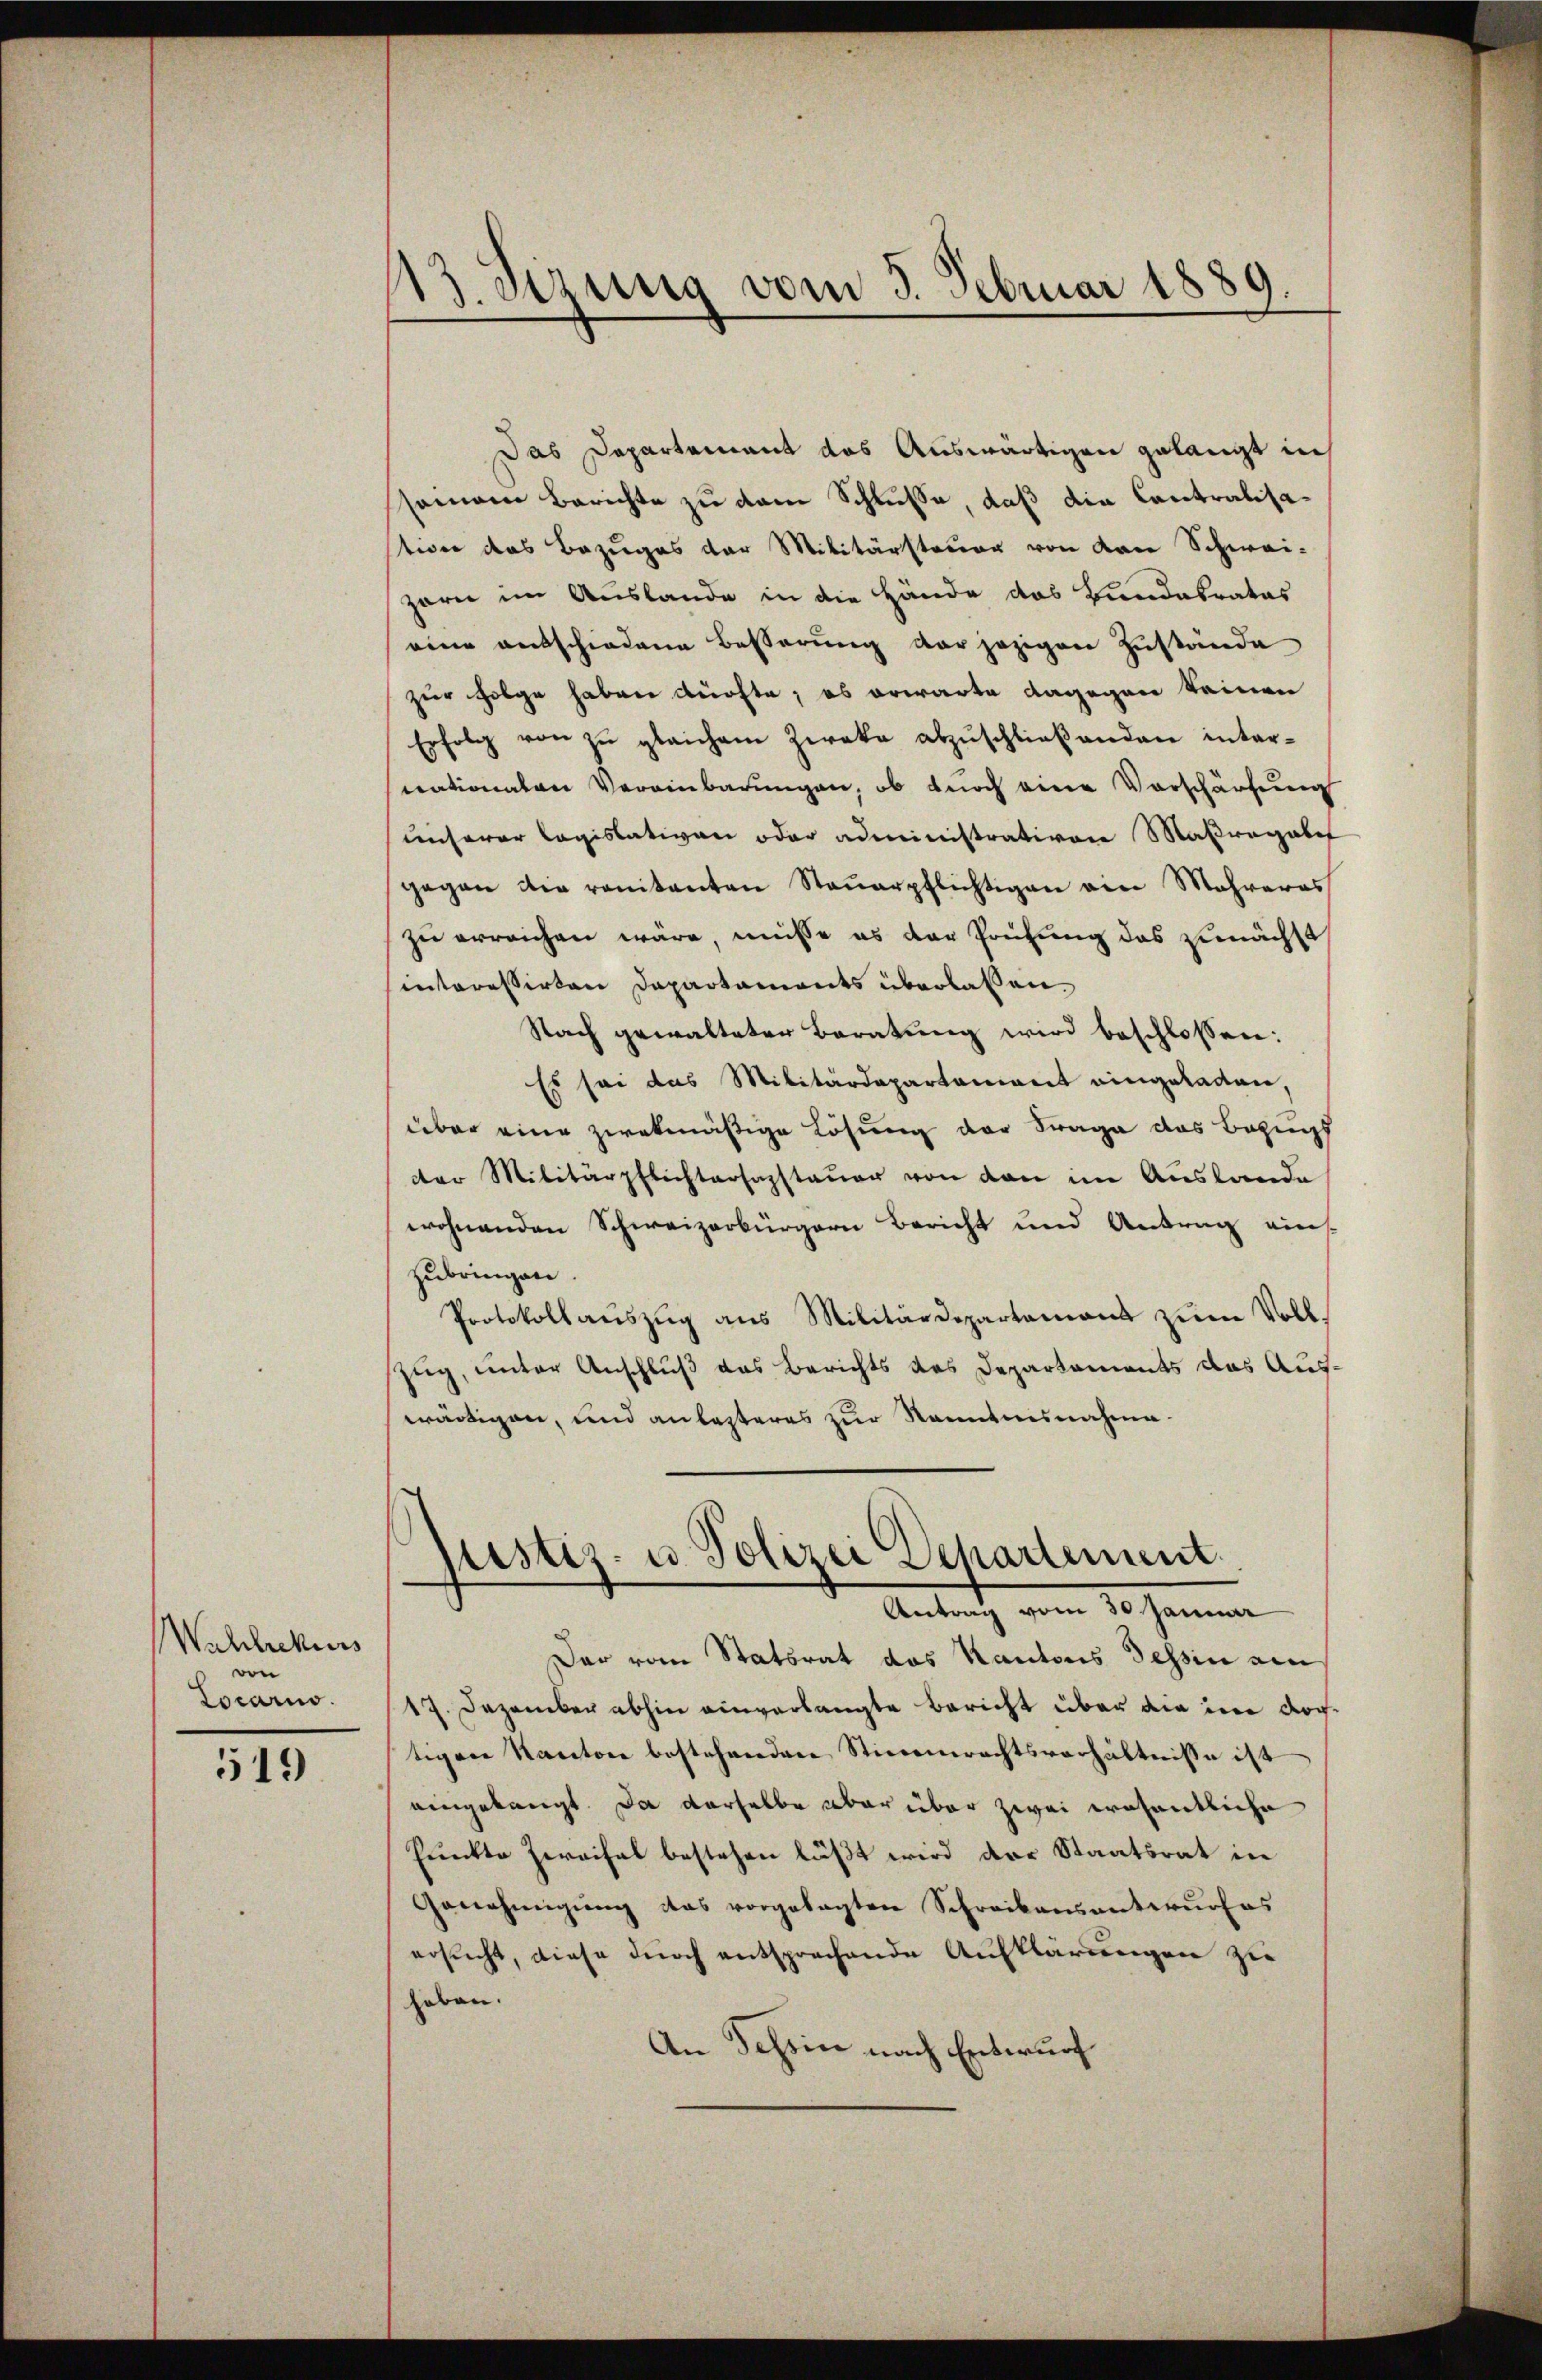
Wahlrekurs
von
Locarno.

519

13. Sizung vom 3. Februar 1889.

Das Departement das Auswärtigen gelangt in
semann Berichte zu dem Schlusse, daß die Contralisation das Bezuges der Militärsteuer von von Schwei-
zarn im Auslande in die Hände das Bundesrates
eine entschiedene Besserung der jezigen Zustände
Zur Folge haben dürfte; es erwarte dagegen keinen
Erfolg von zŭ gleichem Zweke abzŭschließenden inter-
nationalen Vereinbarungen, ob durch eine Vorschärfung
unserer logislativen oder administrativen Maßregebet
gegen die ranitanten Steŭerpflichtigen ein Mehreres
zu erreichen wäre, müsse es der Prüfung das zunächst
interessirten Departaments überlassen,
Nach gewalteter Beratung wird beschlossen:
Es sei das Militärdepartament eingeladen,
über eine zwekmäßige Lösung der Frage das Bezugs
der Militärpflichtersagstaŭer von den im Auslande
wohnenden Schweizerbürgern Bericht und Antrag eins
zubringen.
Protokoll aŭszŭg ans Militärdepartamens zum Voll¬
Zug, unter Anschluß das Berichts das Departaments das Auswärtigen, und anlasteres zur Kenntnisnahme.
justiz- u. Polizei Departement
Antrag vom 30 Januar
Der vom Statsrat das Kantons Tessin ain
17. Dezember abhin einverlangte Bericht über die in dochtigen Kanton bestehenden Stimmerachtsverhältnisse ist
eingelangt. Da derselbe aber über zwei wohentliche
Punkte Zereital bestehen läßt wird der Staatsrat in
Genehmigŭng das vorgelegten Schreibensanteŭrfas
ersŭcht, diese dŭrch entsprechende Aufklärungen zie
haben.
An Tessin nach Entwurf